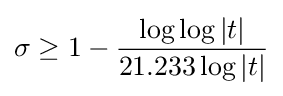
\sigma \geq 1-{\frac {\log \log |t|}{21.233\log |t|}}